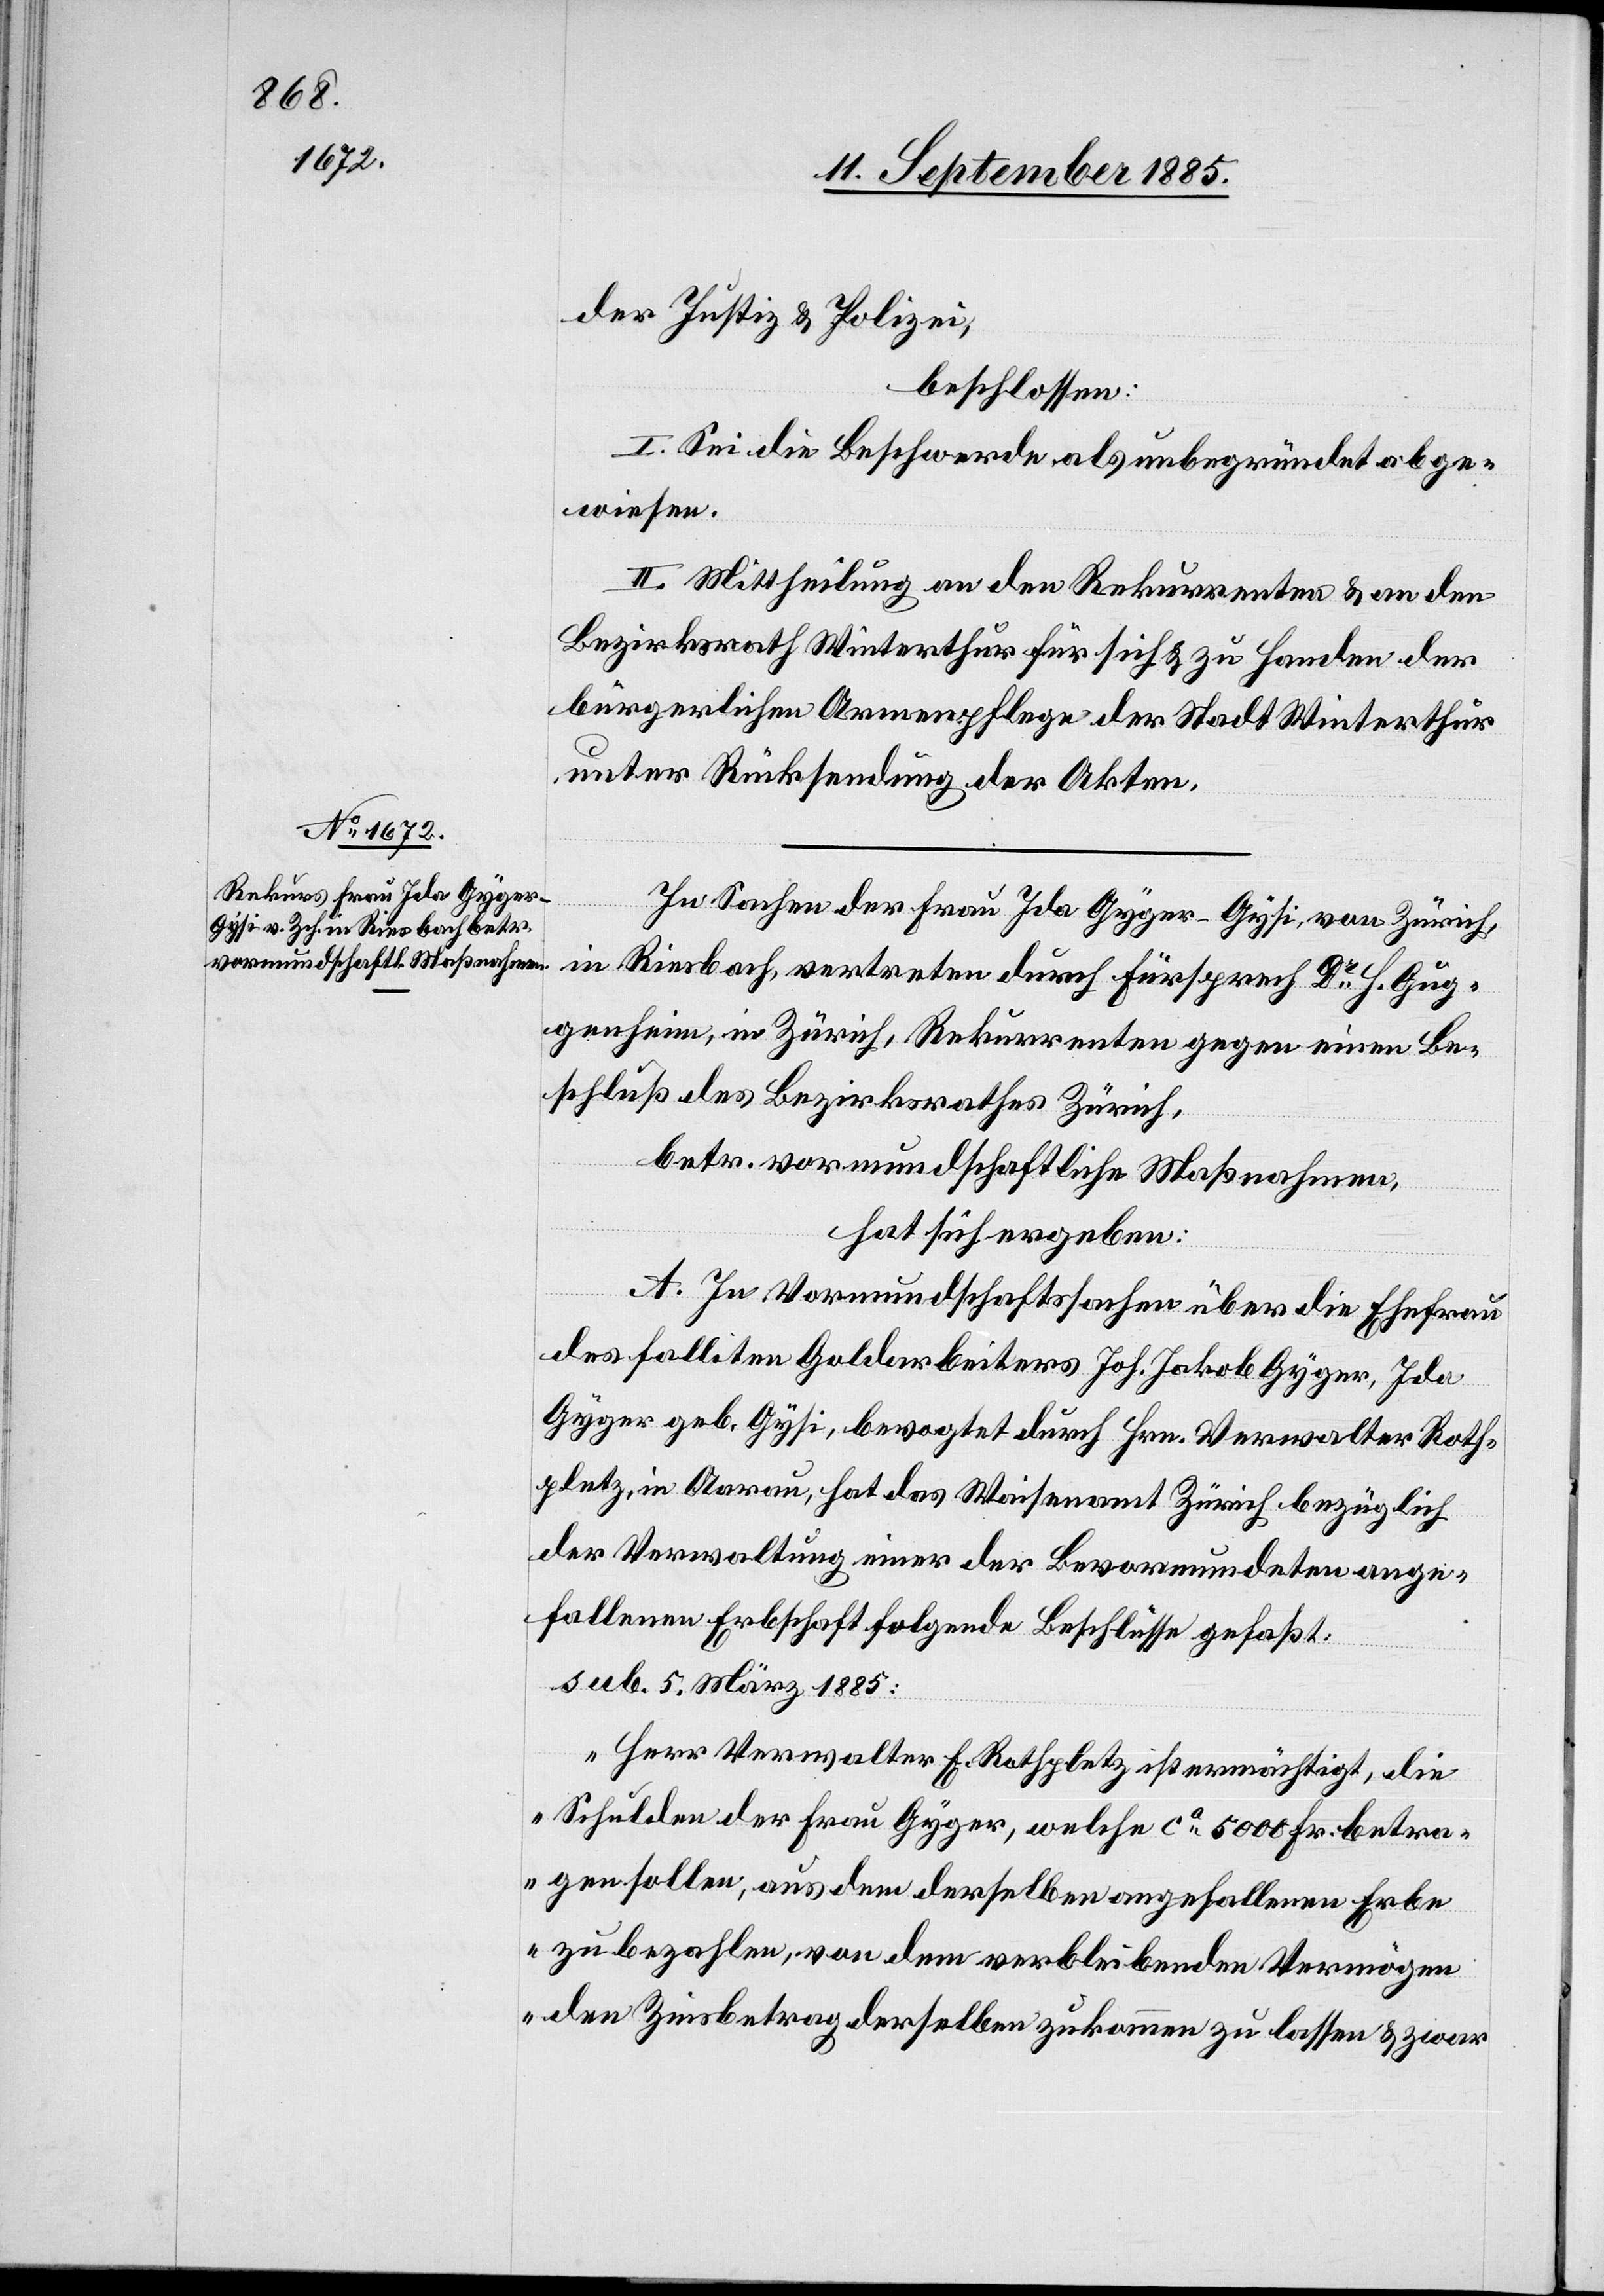
der Justiz & Polizei,
beschlossen:
I. Sei die Beschwerde als unbegründet abge¬
wiesen.
II. Mittheilung an den Rekurrenten & an den
Bezirksrath Winterthur für sich & zu Handen der
bürgerlichen Armenpflege der Stadt Winterthur
unter Rücksendung der Akten.
In Sachen der Frau Ida Gyger-Gysi, von Zürich,
in Riesbach, vertreten durch Fürsprech Dr H. Gug¬
genheim, in Zürich, Rekurrenten gegen einen Be¬
schluß des Bezirksrathes Zürich,
betr. vormundschaftliche Maßnahmen,
hat sich ergeben:
A. In Vormundschaftssachen über die Ehefrau
des falliten Goldarbeiters Joh. Jakob Gyger, Ida
Gyger geb. Gysi, bevogtet durch Hrn. Verwalter Roth¬
pletz, in Aarau, hat das Waisenamt Zürich bezüglich
der Verwaltung einer der Bevormundeten ange¬
fallenen Erbschaft folgende Beschlüsse gefaßt:
sub. 5. März 1885:
„Herr Verwalter E. Rothpletz ist ermächtigt, die
Schulden der Frau Gyger, welche ca 5000 Fr. betra¬
gen sollen, aus dem derselben angefallenen Erbe
zu bezahlen, von dem verbleibenden Vermögen
den Zinsbetrag derselben zukommen zu lassen & zwar